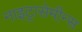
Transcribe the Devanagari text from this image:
नाइट्रासेमीन्स